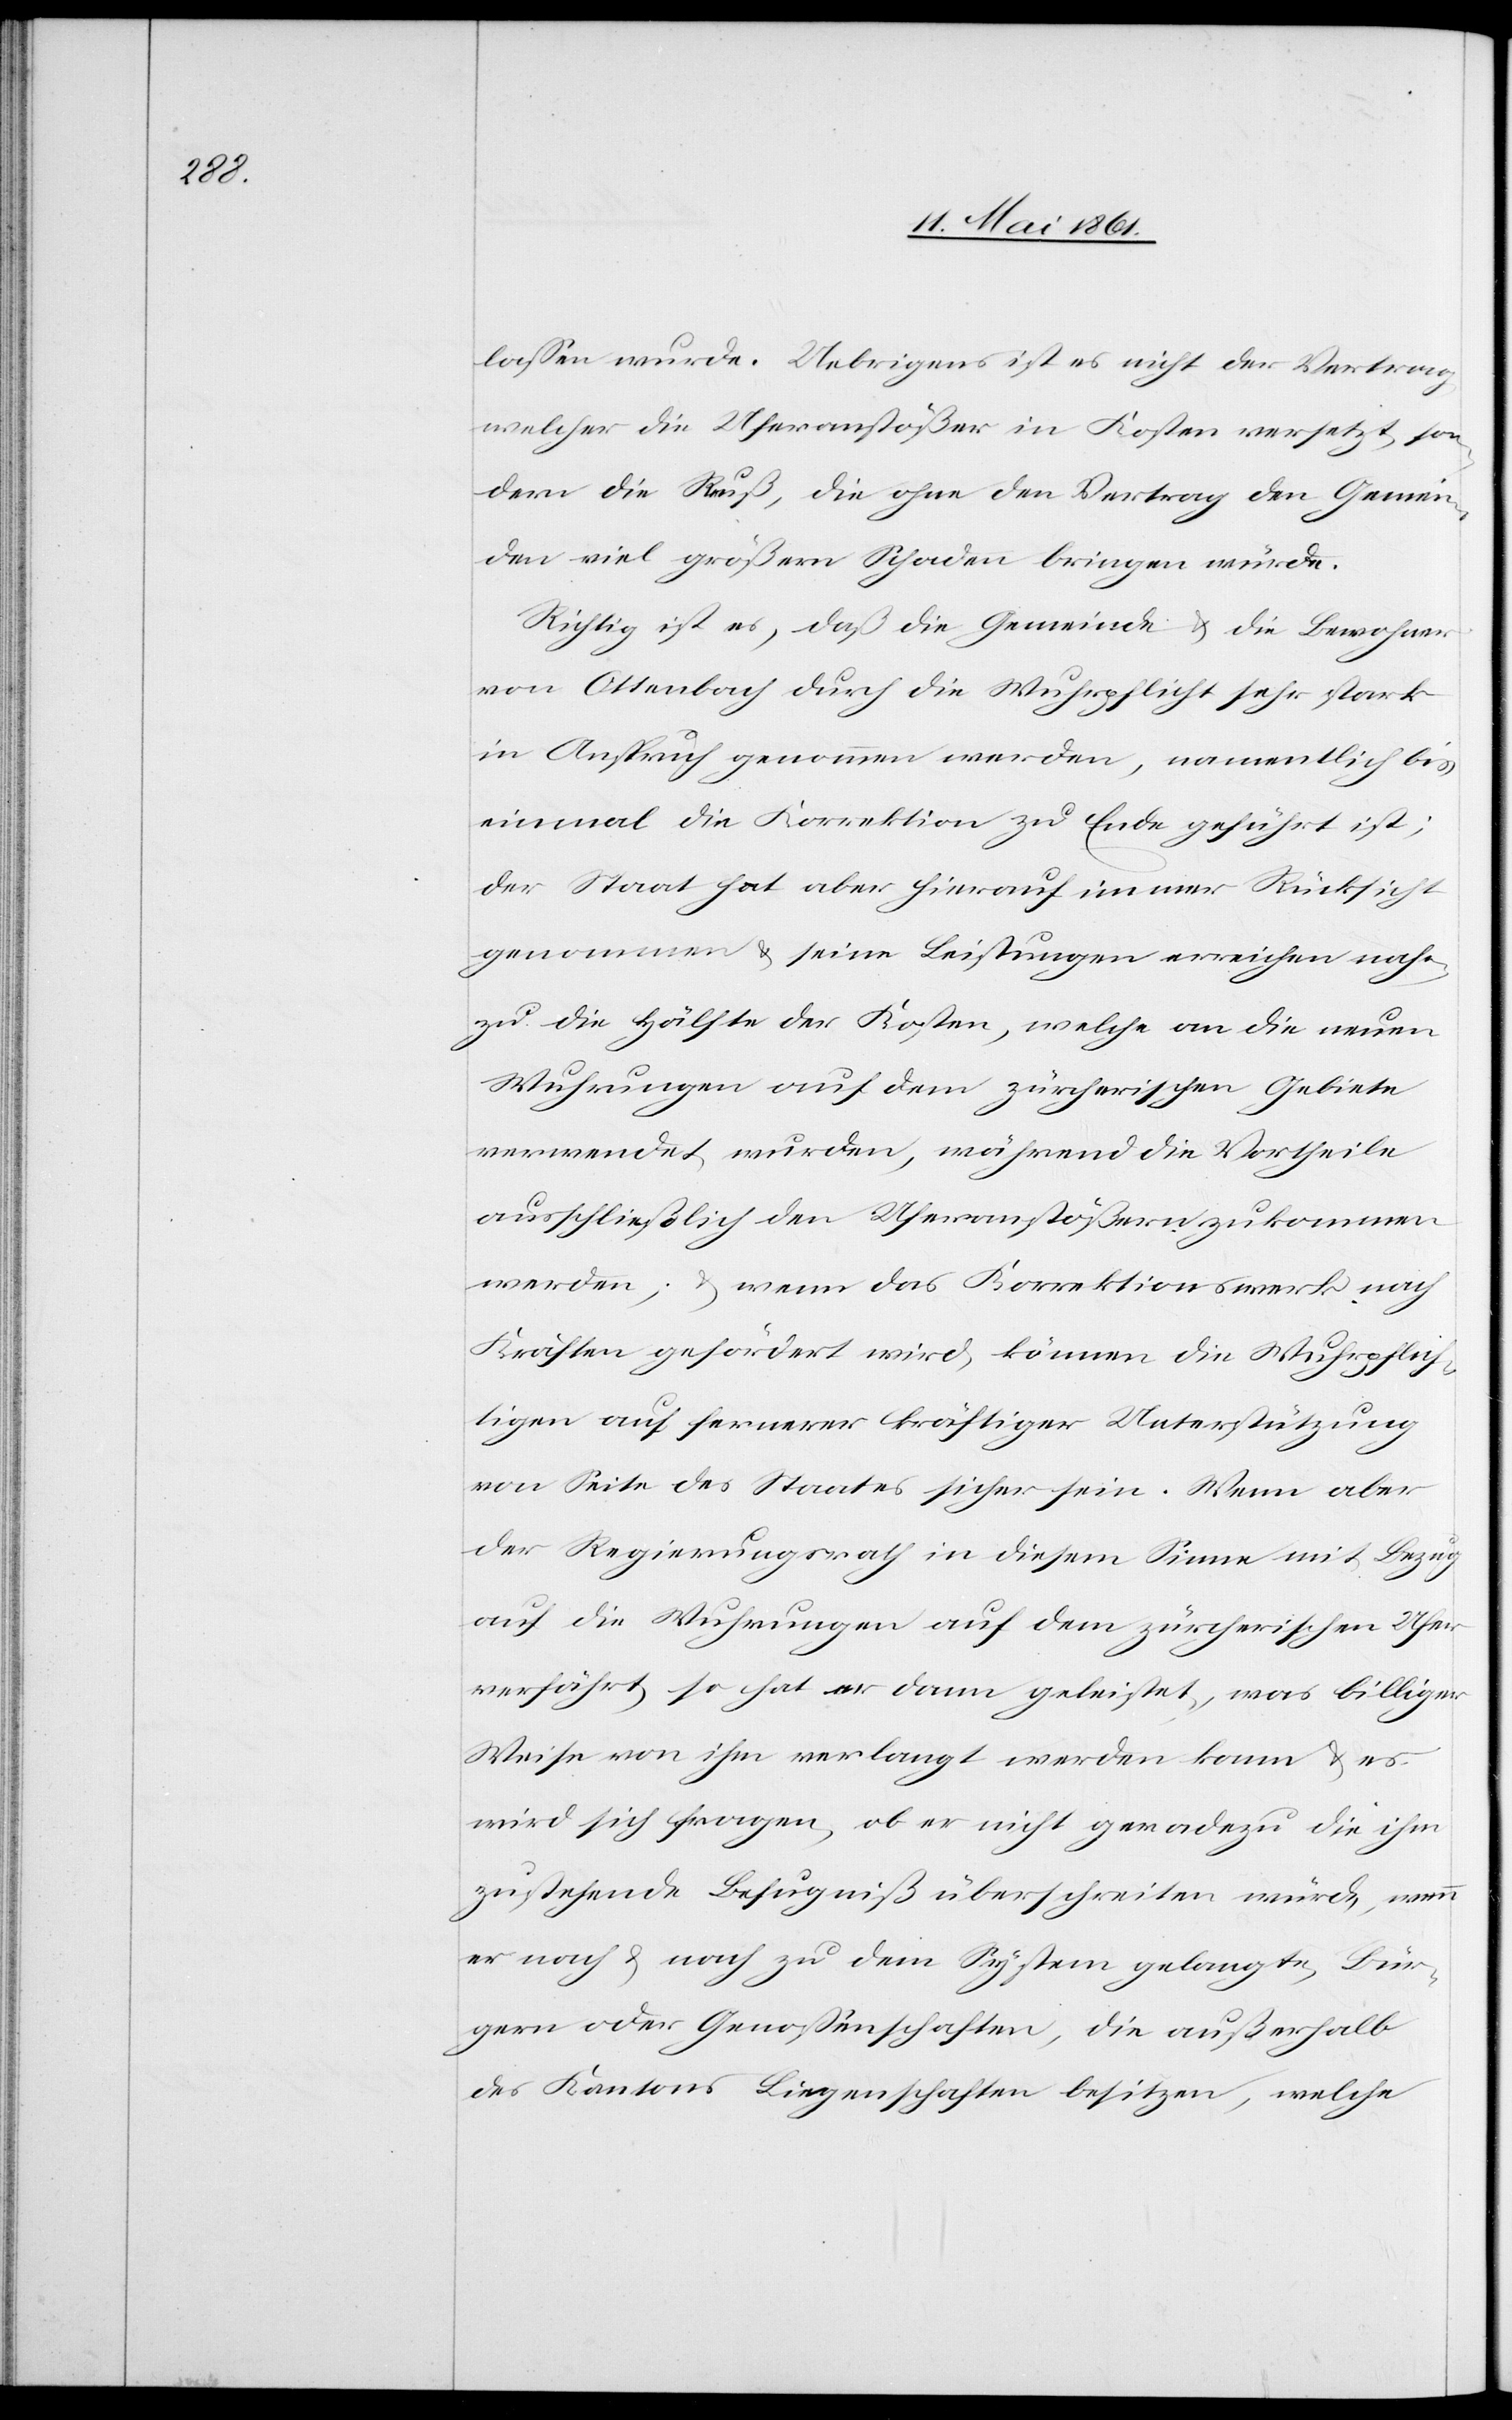
lassen wurde. Uebrigens ist es nicht der Vertag
welcher die Uferanstößer in Kosten versetzt, son¬
dern die Reuß, die ohne den Vertrag den Gemein¬
den viel größern Schaden bringen würde.
Richtig ist es, daß die Gemeinde u. die Bewohner
von Ottenbach durch die Wuhrpflicht sehr stark
in Anspruch genommen werden, namentlich bis
einmal die Korrektion zu Ende geführt ist;
der Staat hat aber hierauf immer Rücksicht
genommen u. seine Leistungen erreichen nahe
zu die Hälfte der Kosten, welche an die neuen
Wuhrungen auf dem zürcherischen Gebiete
verwendet wurden, während die Vortheile
ausschließlich den Uferanstößern zukommen
werden; u. wenn das Korrektionswerk nach
Kräften gefördert wird, können die Wuhrpflich¬
tigen auf fernerer kräftiger Unterstützung
von Seite des Staates sicher sein. Wenn aber
der Regierungsrath in diesem Sinne mit Bezug
auf die Wuhrungen auf dem zürcherischen Ufer
verfährt, so hat er dann geleistet, was billiger
Weise von ihm verlangt werden kann u. es
wird sich fragen, ob er nicht geradezu die ihm
zustehende Befugniß überschreiten würde, wenn
er nach u. nach zu dem System gelangte, Bür¬
gern oder Genoßenschaften, die außerhalb
des Kantons Liegenschaften besitzen, welche